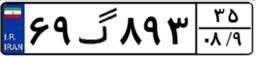
۶۸گ۳۴۴۸۰